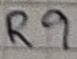
Text: R9